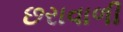
છરાવાળી